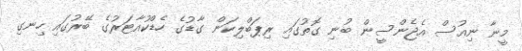
މީނާ ނިއުސް އެޖެންސީން ބުނި ގޮތުގައި ރިޕަބްލިކަން ގާޑުގެ ހެޑްކުއާޓަރުގެ ބޭރުގައި ހިނގި